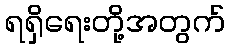
ရရှိရေးတို့အတွက်